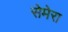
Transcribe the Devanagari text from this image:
सेमेरा